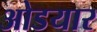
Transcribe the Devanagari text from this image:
ओडयार